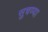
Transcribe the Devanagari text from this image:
सुचण्या